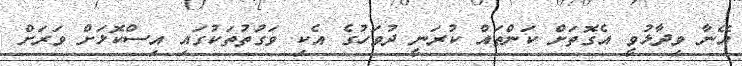
އޭނާ ވިދާޅުވީ އެގޮތަށް ކަންތައް ކުރަނީ ދުވަހުގެ އެކި ވަގުތުތަކުގައި އިސްކޮޅަށް ވަރަށް